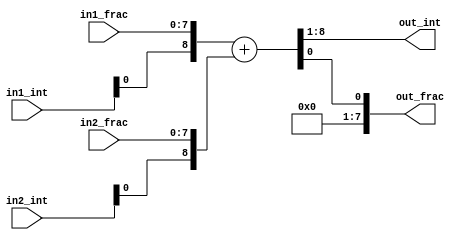
module fixed_point_adder (
    input wire [7:0] in1_int, 
    input wire [7:0] in1_frac, 
    input wire [7:0] in2_int, 
    input wire [7:0] in2_frac, 
    output reg [7:0] out_int, 
    output reg [7:0] out_frac
);

    reg [8:0] temp_sum;

    always @(*) begin
        temp_sum = {in1_int, in1_frac} + {in2_int, in2_frac};
        out_int = temp_sum[8:1];
        out_frac = temp_sum[0];
    end

endmodule